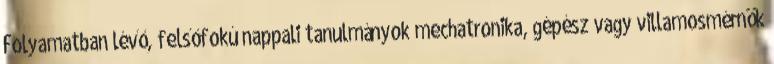
Folyamatban lévő, felsőfokú nappali tanulmányok mechatronika, gépész vagy villamosmérnök